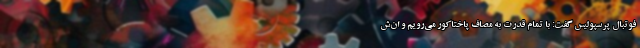
فوتبال پرسپولیس گفت: با تمام قدرت به مصاف پاختاکور می‌رویم و ان‌ش